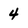
Character: 4